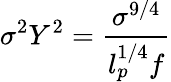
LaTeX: \sigma^{2}Y^{2}=\frac{\sigma^{9/4}}{l_{p}^{1/4}f}